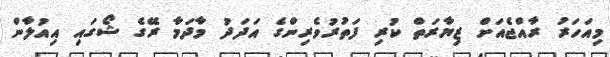
މިއަހަރު ރާއްޖެއަށް ޒިޔާރަތް ކުރި ފަތުރުވެރިންގެ އަދަދު މާދަމާ ރޭގެ ޝޯގައި އިއުލާން